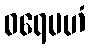
ဓရေမဟံ